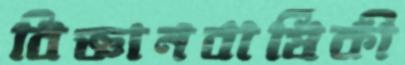
বিজ্ঞানবার্ষিকী